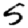
Digit: 5